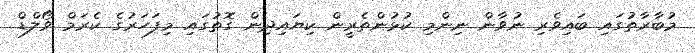
މުބާރާތުގައި ބައިވެރި ނުވާން ނިންމި ކުޅުންތެރީން ކިޔައިދިން ގޮތުގައި މިފަހަރުގެ ކެރަމް ވޯލްޑް